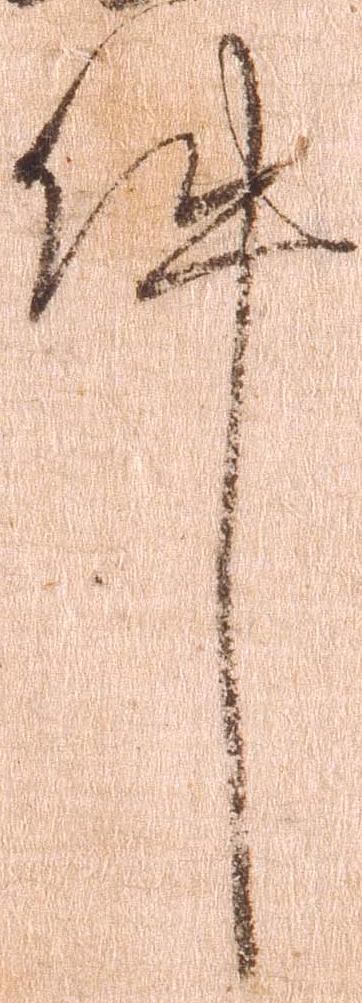
件